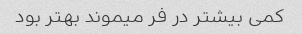
کمی بیشتر در فر میموند بهتر بود